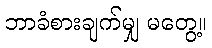
ဘာခံစားချက်မျှ မတွေ့။